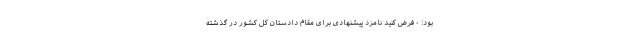
بود: - فرض کنید نامزد پیشنهادی برای مقام دادستان کل کشور در گذشته